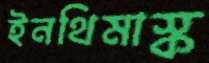
ইনথিমাস্ক